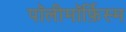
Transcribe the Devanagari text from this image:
पॉलीमॉर्फ़िस्म